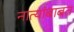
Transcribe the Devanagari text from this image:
नात्यांबाबत